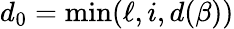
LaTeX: d_{0}=\operatorname*{min}(\ell,i,d(\beta))